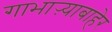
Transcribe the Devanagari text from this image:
गाभाऱ्याबाहेर